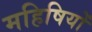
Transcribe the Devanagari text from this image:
महिषियों